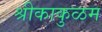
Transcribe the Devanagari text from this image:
श्रीकाकुळम